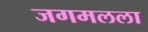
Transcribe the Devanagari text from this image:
जगमलला